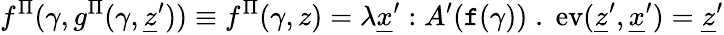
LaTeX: f^{\Pi}(\gamma,g^{\Pi}(\gamma,\underline{{z}}^{\prime}))\equiv f^{\Pi}(\gamma,z)=\lambda\underline{{x}}^{\prime}:A^{\prime}(\textnormal{\texttt{f}}(\gamma))\; .\; \textnormal{ev}(\underline{{z}}^{\prime},\underline{{x}}^{\prime})=\underline{{z}}^{\prime}